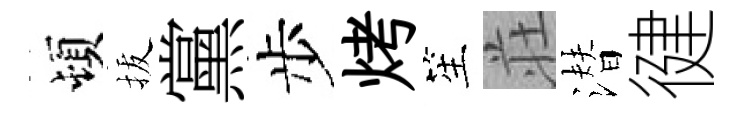
頓拔黨步烤笙荘潜徤